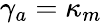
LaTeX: \gamma_{a}=\kappa_{m}